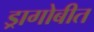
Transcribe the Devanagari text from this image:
ड्रागोबीत